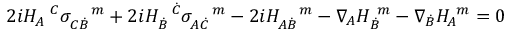
2 i H _ { A } ^ { \ \ C } \sigma _ { C \dot { B } } ^ { \ \ \ m } + 2 i H _ { \dot { B } } ^ { \ \ \dot { C } } \sigma _ { A \dot { C } } ^ { \ \ \ m } - 2 i H _ { A \dot { B } } ^ { \ \ \ m } - \nabla _ { A } H _ { \dot { B } } ^ { \ m } - \nabla _ { \dot { B } } H _ { A } ^ { \ m } = 0